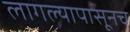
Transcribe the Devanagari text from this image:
लागल्यापासूनच